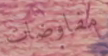
مفاوضات